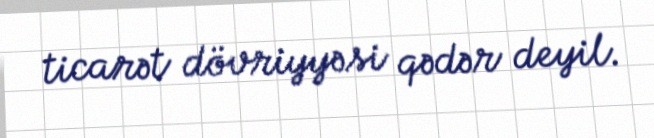
ticarət dövriyyəsi qədər deyil.